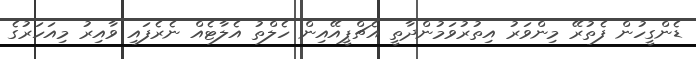
ޑެންގީހުން ފެތުރޭ މިންވަރު އިތުރުވަމުންދާތީ އެޗްޕީއޭއިން ހެލްތު އެލާޓެއް ނެރެފައި ވާއިރު މިއަހަރުގެ